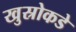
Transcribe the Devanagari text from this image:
खुस्रोकडे